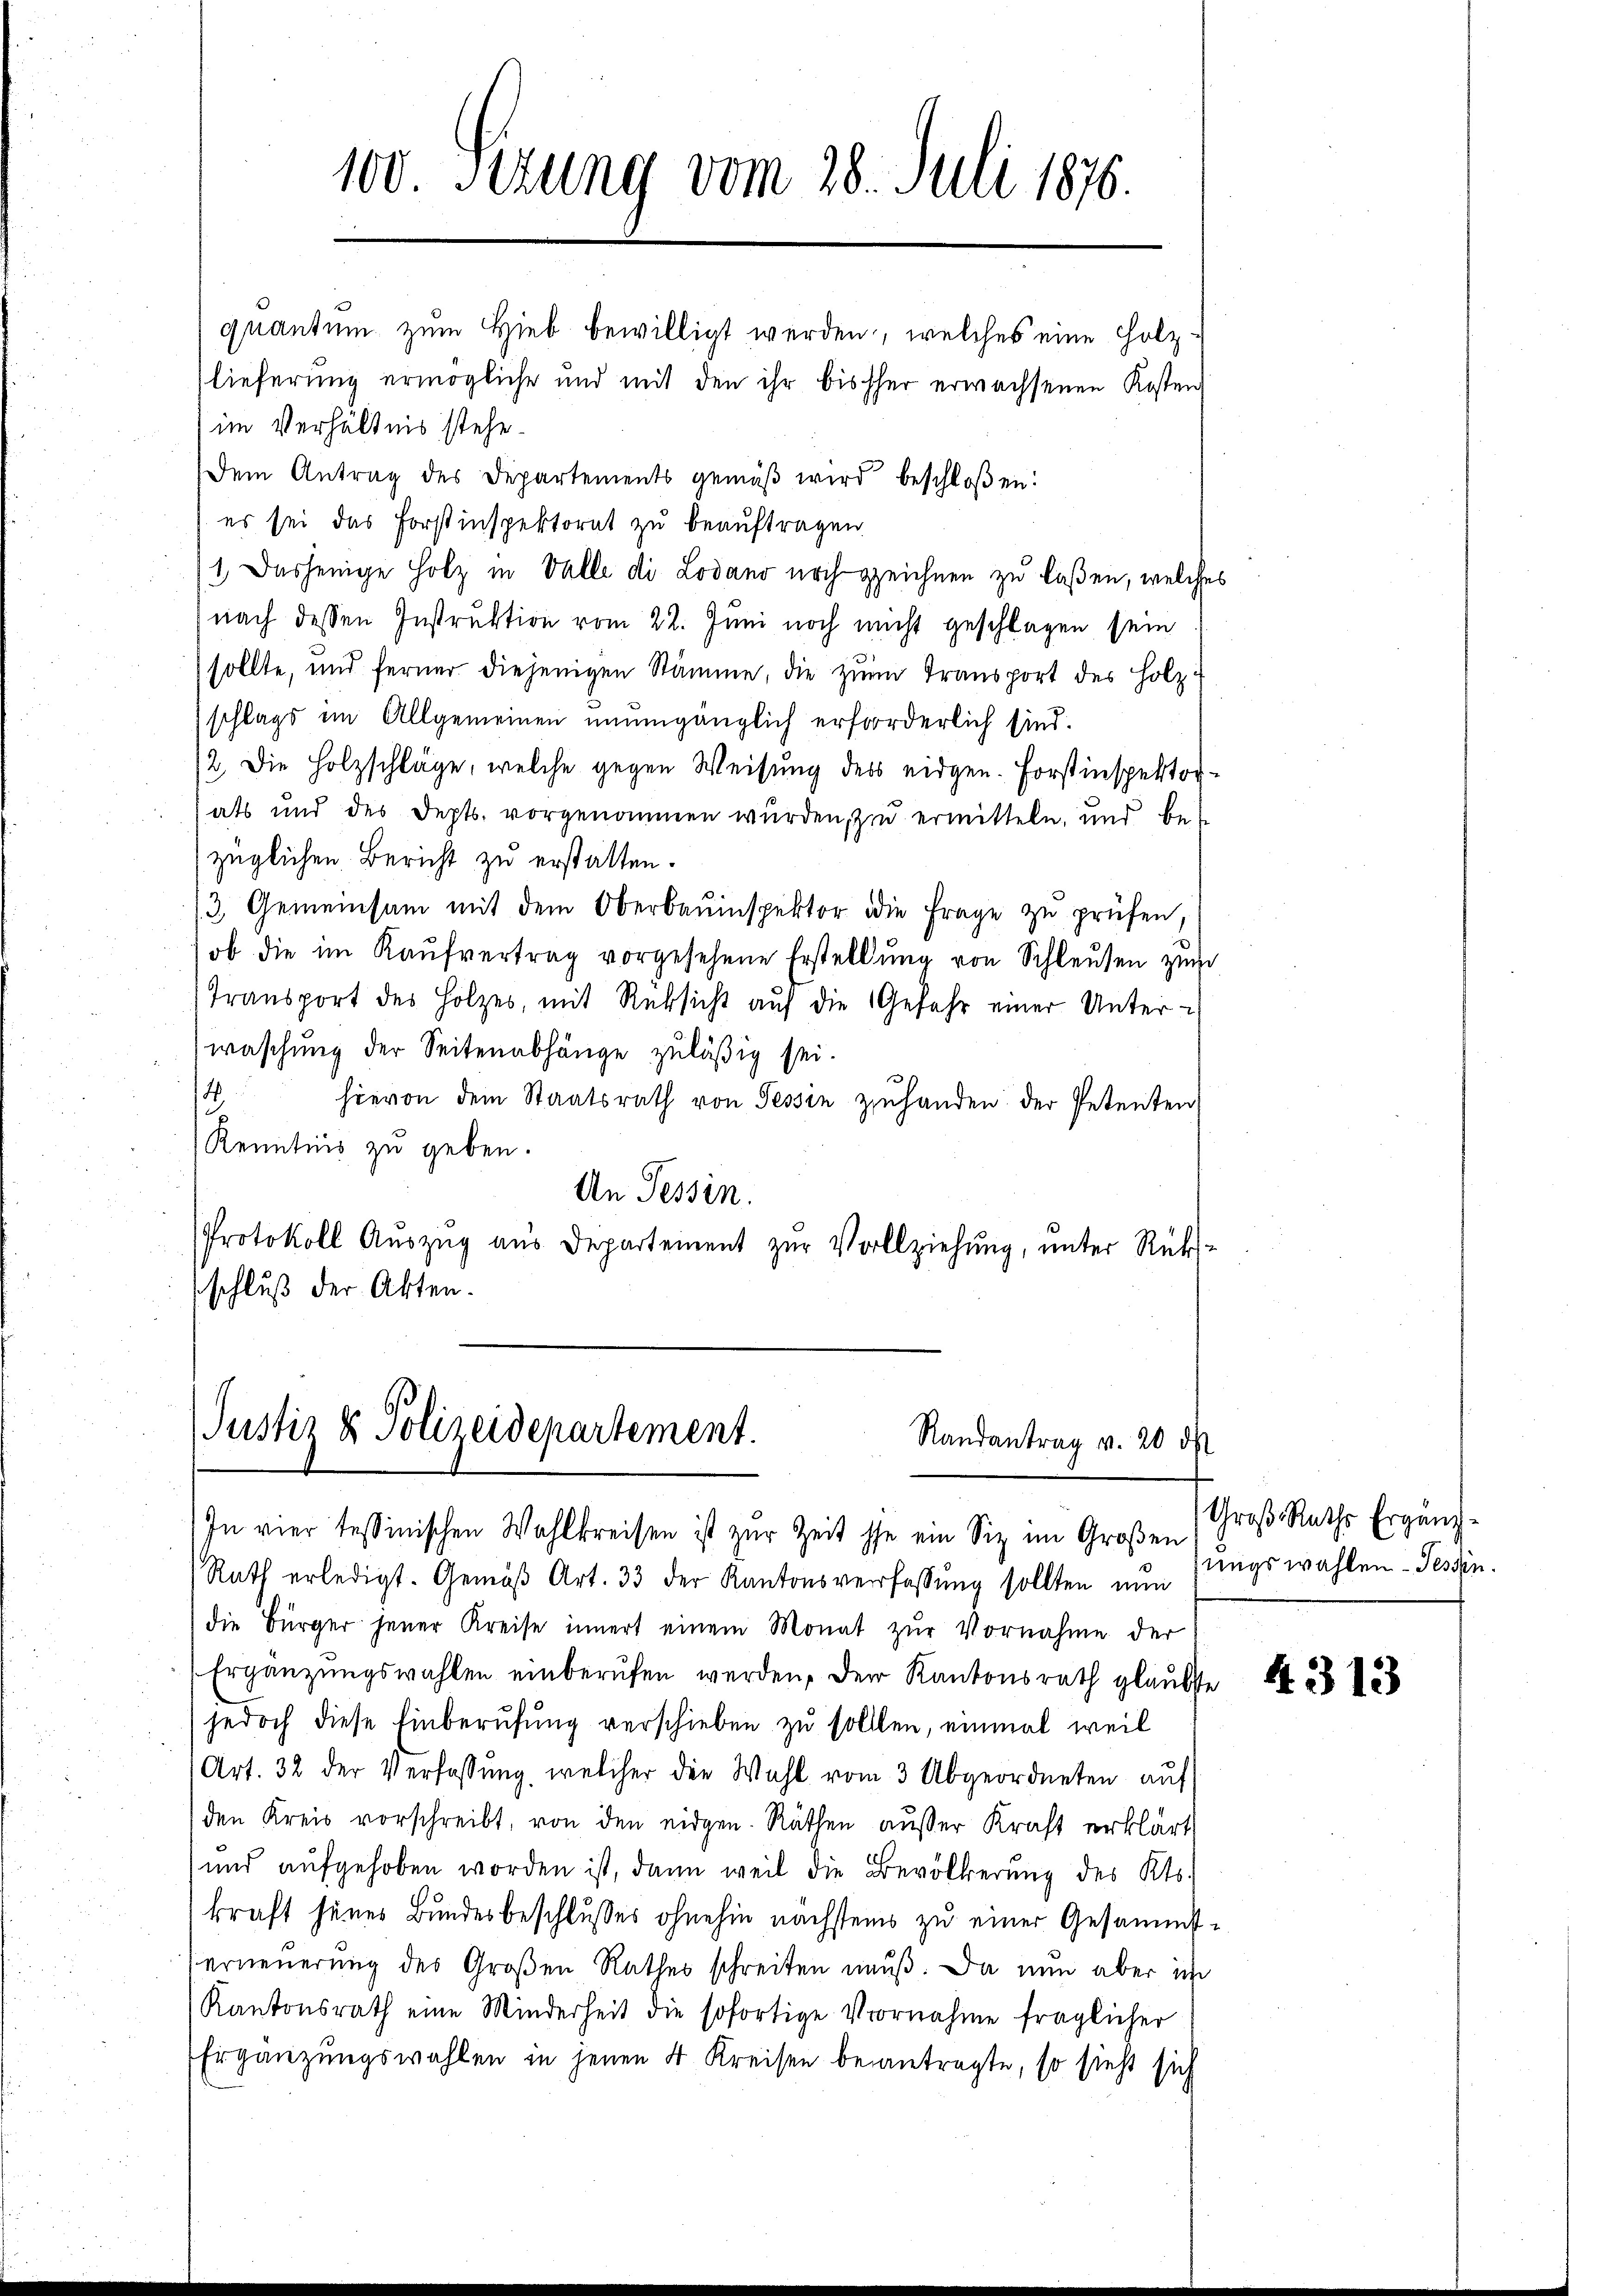
100. Sezung vom 28. Juli 1876.
quantum zum Hieb bewilligt werden, welches eine Holz¬

lieferung ermögliche und mit den ihr bischher erwachsenen Kosten
im Verhältnis stehe.
Dem Antrag des Departements gemäß wird beschloßen:
es sei das Forstinspektorat zu beauftragen.
1. Dasjenige Holz in Valle di Lodano noch zeichnen zu laßen, welche
nach dessen Instruktion vom 22. Juni noch nicht geschlagen sein
sollte, und ferner diejenigen Stämme, die zum Transport des Holzschlags im Allgemeinen unumgänglich erforderlich sind.
12. Die Holzschläge, welche gegen Weisung des eidgen. Forstinspektorals und des Sept. vorgenommen wurden, zu ermitteln, und bezüglichen Bericht zu erstatten.
3. Gemeinsam mit dem Oberbauinspektor die Frage zŭ prüfen,
ob die im Kaŭfvertrag vorgesehene Erstellung von Schleusen zum
Transport des Holzes, mit Rüksicht auf die Gefahr einer Unter-
waschung der Seitenabhänge zuläßig sei.
4
hievon dem Staatsrath von Tessin zuhanden der Petenten
Kenntnis zu geben.
An Tessin.
Protokoll Aŭszŭg ans Departement zŭr Vollziehung, unter Rück-
schluß der Akten.

Justiz & Polizeidepartement.
Randantrag v. 20 dk
In vier tessinischen Wahlkreisen ist zur Zeit sse ein Siz im Großen

Rath erledigt. Gemäβ Art. 33 der Kantonsverfassung sollten nun
die Bürger jener Kreise innert einem Monat zŭr Vornahme der
Ergänzungswahlen einberufen werden, der Kantonsrath glaubste
jedoch diese Einberufung verschieben zu sollten, einmal weil
1 Art. 32 der Verfassung, welcher die Wahl vom 3 Abgeordneten auf
den Kreis vorschreibt, von den eidgen. Räthen ausser Kraft erklärt
und aŭfgehoben worden ist, dann weil die Bevölkerŭng des Kts.
kraft seines Bundesbeschlusses ohnehin nächstems zu einer Gesammt¬
Verneuerung des Großen Rathes schreiten muß. Da nun aber in
Kantonsrath eine Minderheit die sofortige Vornahme fraglicher
Ergänzungswahlen in jenen 4 Kreisen beantragte, so sieht sich

Groß Raths Ergänznigswahlen - Tessin.

6

4313